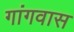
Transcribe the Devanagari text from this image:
गांगवास